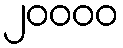
၂၀၀၀၀